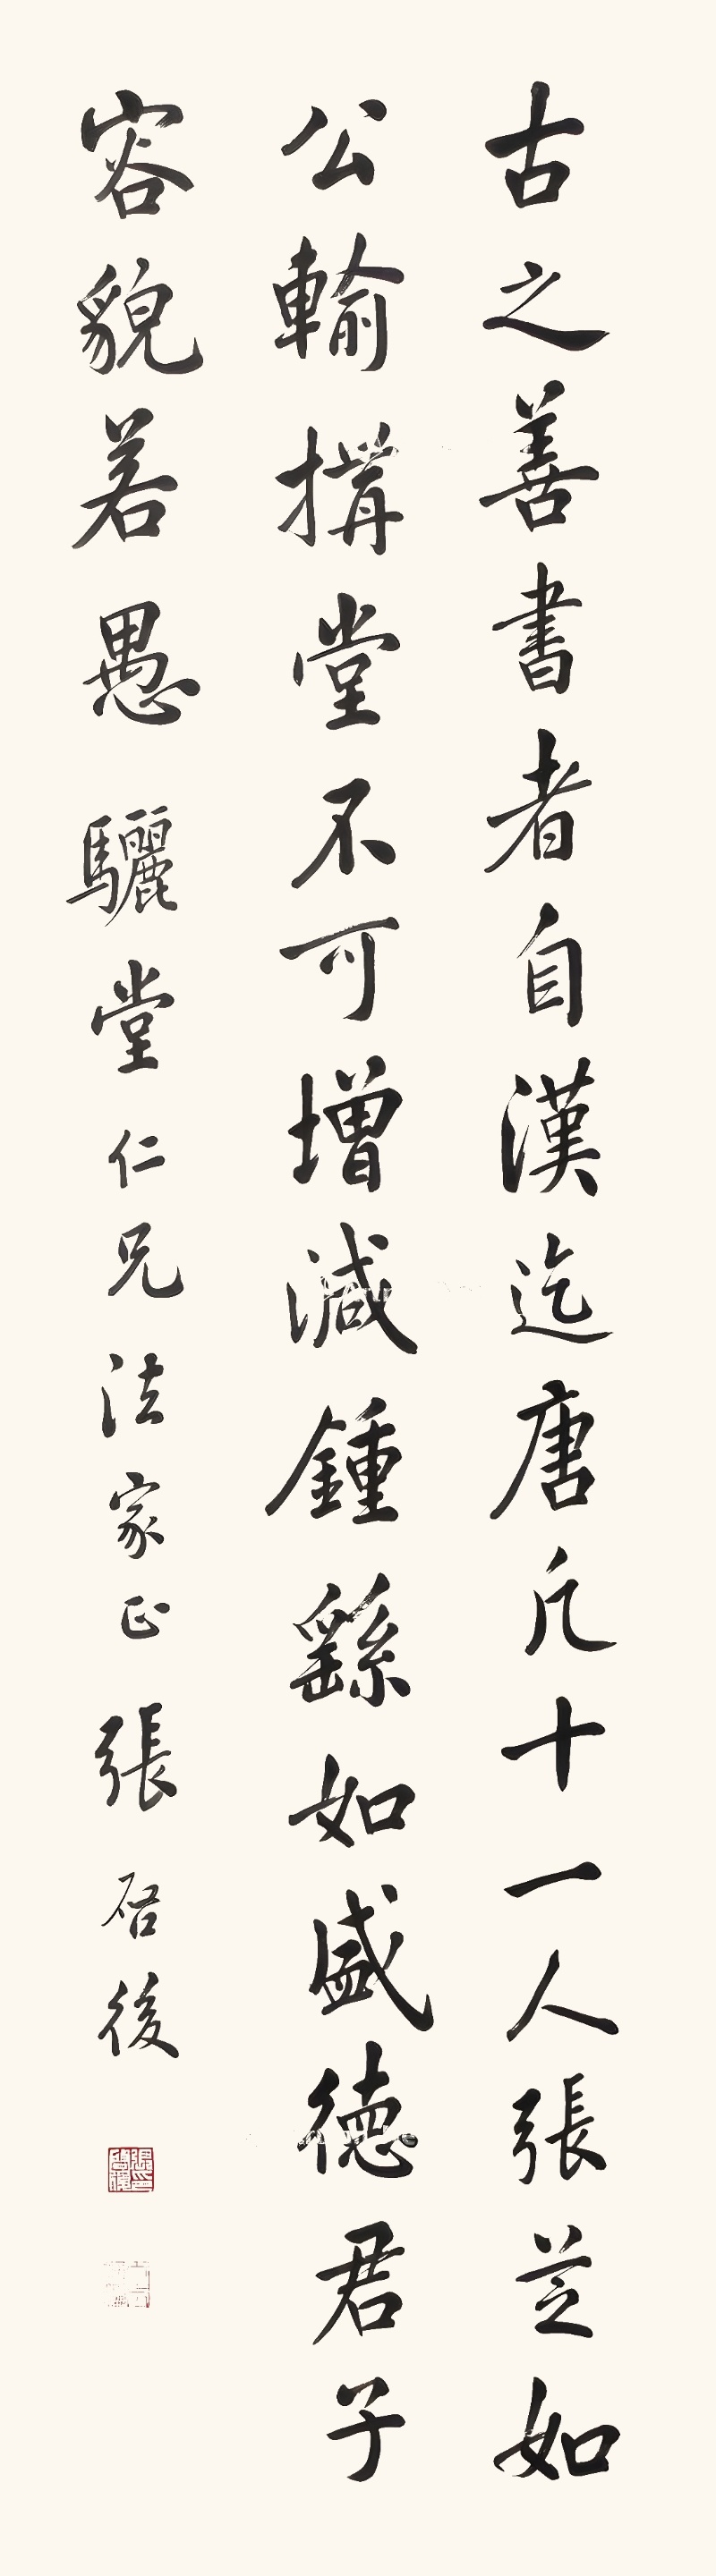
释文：古之善书者自汉迄唐，凡十有一人，张芝如公输构堂不可増减，钟繇如盛徳君子容貌若愚。骊堂仁兄法家正，张启后。